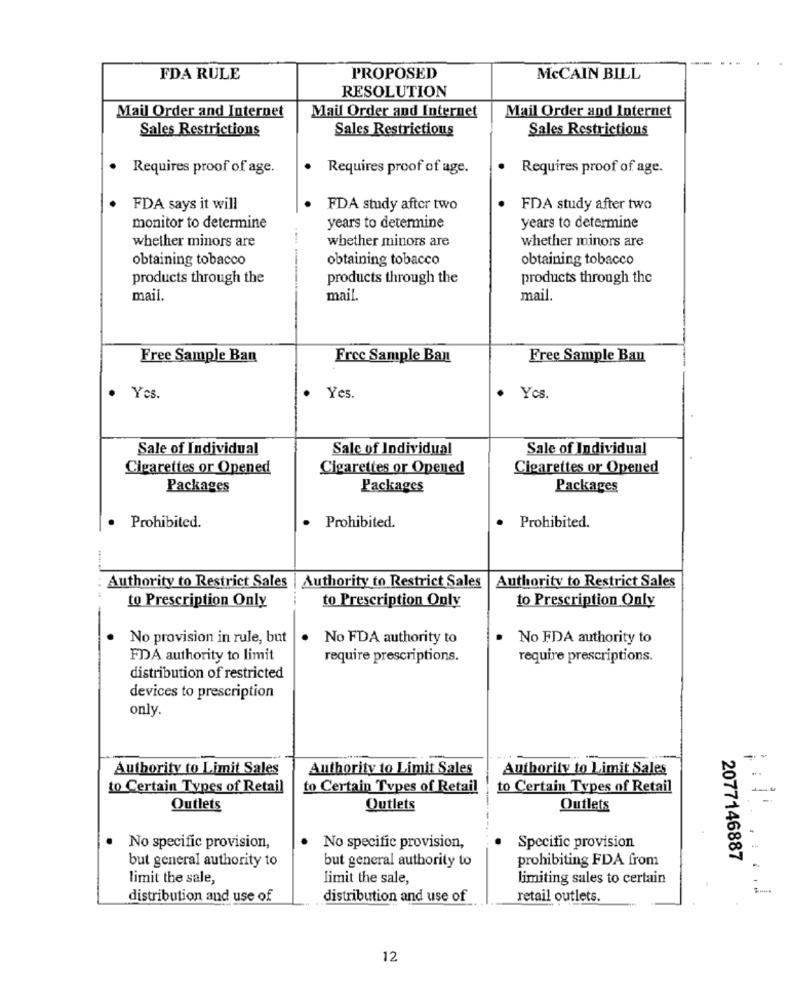
FDA RULE
PROPOSED
McCAIN BILL
RESOLUTION
Mail Order and Internet
Mail Order and Internet
Mail Order and Internet
Sales Restrictions
Sales Restrictions
Sales Restrictions
Requires proof of age.
.
Requires proof of age.
.
Requires proof of age.
FDA says it will
FDA study after two
FDA study after two
monitor to determine
years to determine
years to determine
whether minors are
whether minors are
whether minors are
obtaining tobacco
obtaining tobacco
obtaining tobacco
products through the
products through the
products through the
mail.
mail.
mail.
Free Sample Ban
Free Sample Ban
Free Sample Ban
Yes.
. Yes.
.
Yes.
Sale of Individual
Sale of Individual
Sale of Individual
Cigarettes or Opened
Cigarettes or Opened
Cigarettes or Opened
Packages
Packages
Packages
· Prohibited.
· Prohibited.
.
Prohibited.
...
Authority to Restrict Sales | Authority to Restrict Sales
Authority to Restrict Sales
to Prescription Only
to Prescription Only
to Prescription Only
No provision in rule, but
No FDA authority to
No FDA authority to
FDA authority to limit
require prescriptions.
require prescriptions.
distribution of restricted
devices to prescription
only.
.
Authority to Limit Sales
Authority to Limit Sales
Authority to Limit Sales
to Certain Types of Retail
to Certain Types of Retail
to Certain Types of Retail
Outlets
Outlets
Outlets
.
No specific provision,
No specific provision,
Specific provision
but general authority to
but general authority to
prohibiting FDA from
2077146887
-
limit the sale,
limit the sale,
limiting sales to certain
distribution and use of
distribution and use of
retail outlets.
12